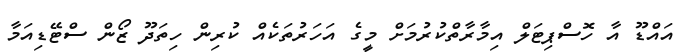
އައްޑޫ އާ ހޮސްޕިޓަލް އިމާރާތްކުރުމަށް މީގެ އަހަރުތަކެއް ކުރިން ހިތަދޫ ޒޯން ސްޓޭޑިއަމާ